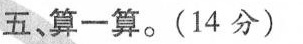
五，算一算。(14分)